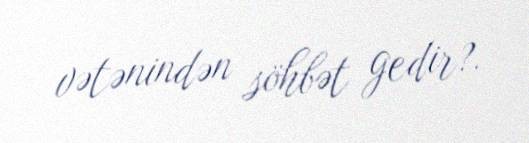
vətənindən söhbət gedir?.